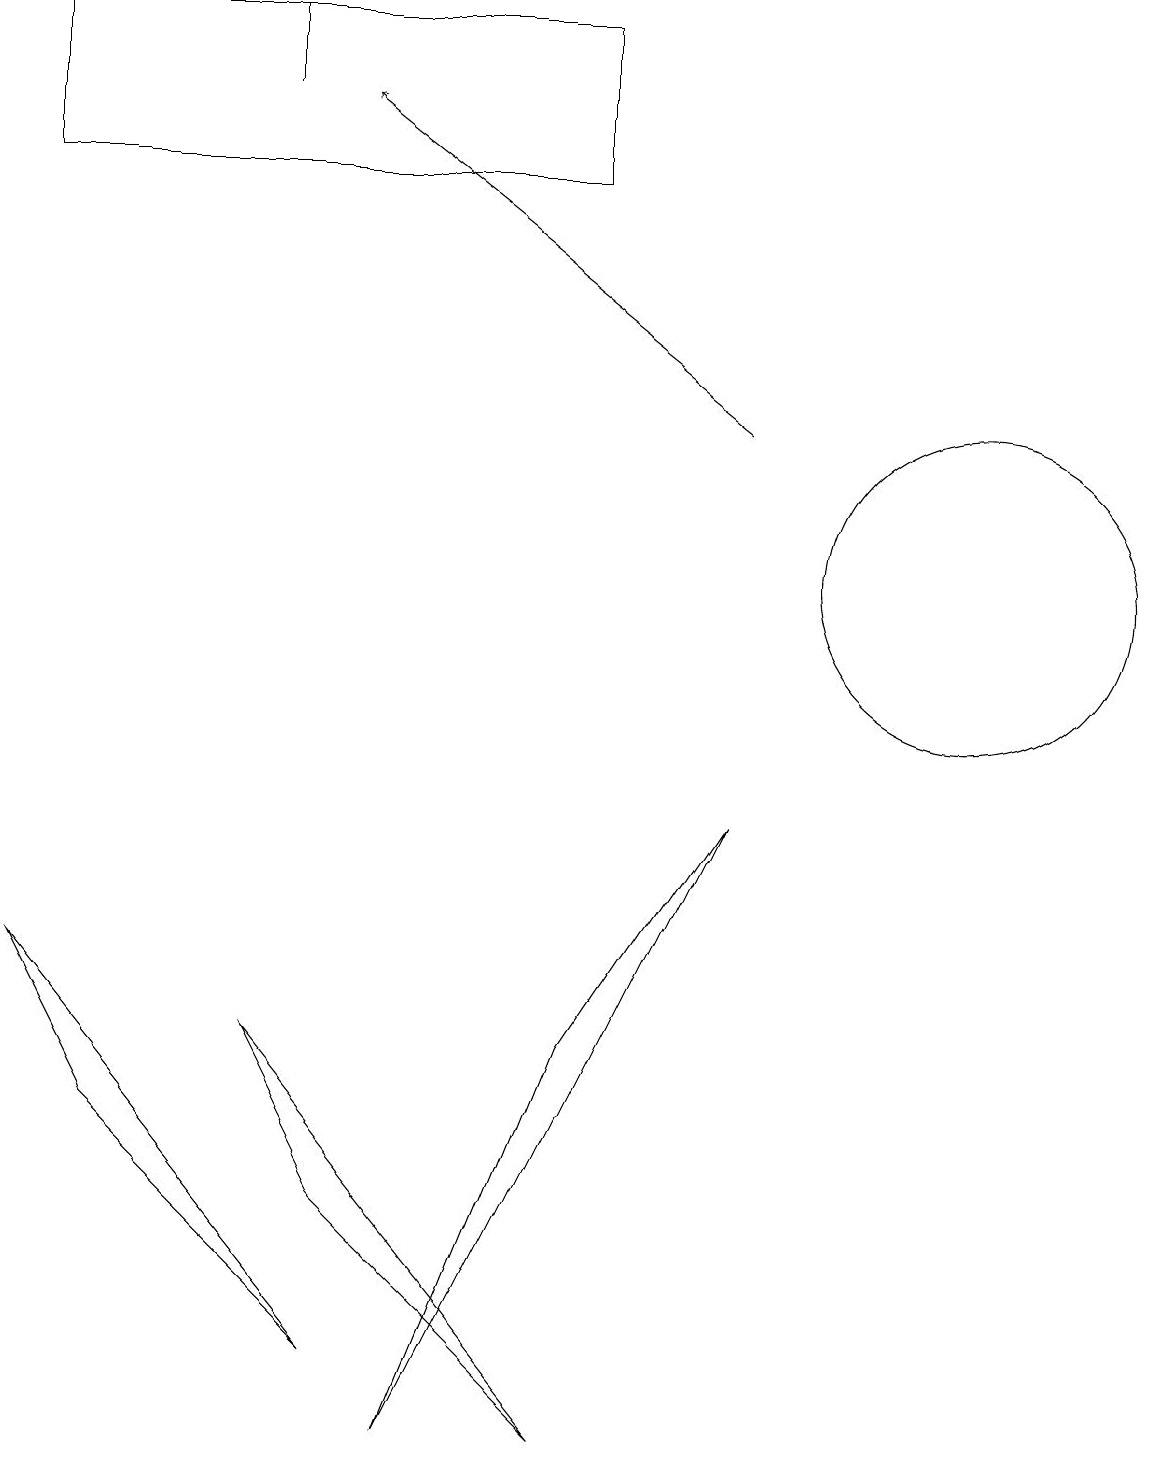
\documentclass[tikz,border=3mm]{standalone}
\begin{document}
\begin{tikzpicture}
\draw[->] (9,13) -- (4,17);
\draw (3,17) rectangle (3,18);
\draw (10,10) circle (0);
\draw (4,1) -- (1,4) -- (0,6) -- cycle;
\draw (5,0) -- (9,8) -- (7,5) -- cycle;
\draw (7,16) rectangle (0,18);
\draw (3,5) -- (4,3) -- (7,0) -- cycle;
\draw (12,11) circle (2);
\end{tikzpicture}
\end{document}